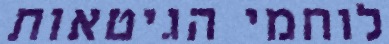
לוחמי הגיטאות